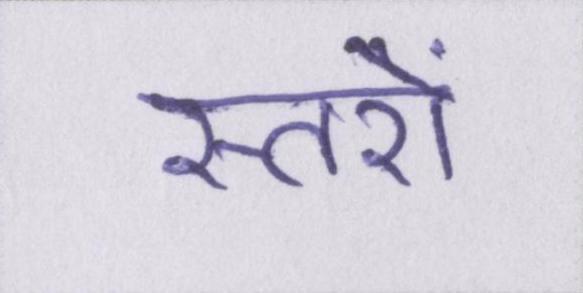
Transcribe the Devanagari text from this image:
स्तरों